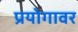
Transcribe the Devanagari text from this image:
प्रयोगावर